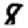
Digit: 8